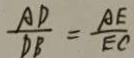
\frac { A D } { D B } = \frac { A E } { E C }